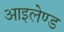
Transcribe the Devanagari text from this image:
आइलेण्ड